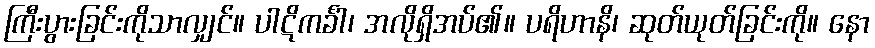
ကြီးပွားခြင်းကိုသာလျှင်။ ပါဋိကင်္ခါ၊ အလိုရှိအပ်၏။ ပရိဟာနိ၊ ဆုတ်ယုတ်ခြင်းကို။ နော